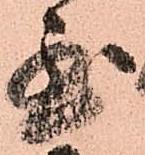
至